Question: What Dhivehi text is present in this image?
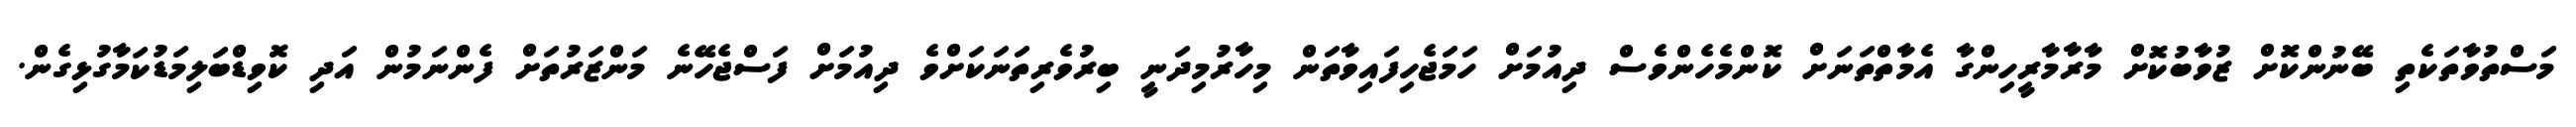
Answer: މަސްތުވާތަކެތި ބޭނުންކޮށް ޒުވާބުކޮށް މާރާމާރީހިންގާ އެމާތްތަނަށް ކޮންމެހެންވެސް ދިއުމަށް ހަމަޖެހިފައިވާތަން މިހާރުމިދަނީ ބިރުވެރިތަނަކަށްވެ ދިއުމަށް ފަސްޖެހޭނެ މަންޒަރުތަށް ފެންނަމުން އަދި ކޮވިޑްބަލިމަޑުކަމާގުޅިގެން.